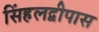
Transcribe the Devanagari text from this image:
सिंहलद्वीपास